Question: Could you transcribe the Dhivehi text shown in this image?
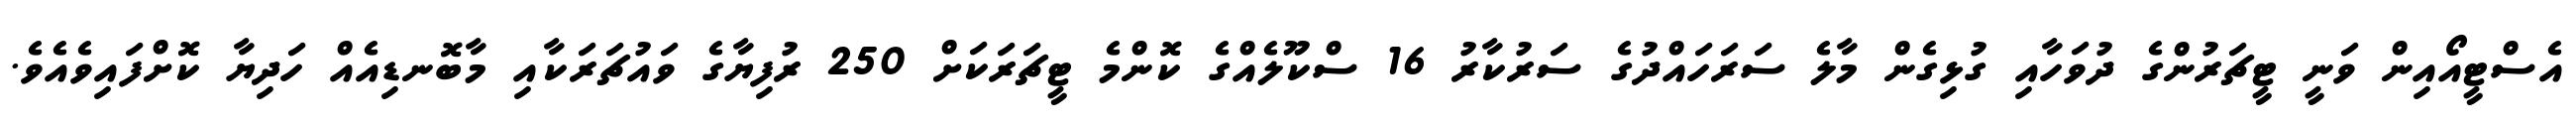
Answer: އެސްޓީއޯއިން ވަނީ ޓީޗަރުންގެ ދުވަހާއި ގުޅިގެން މާލެ ސަރަހައްދުގެ ސަރުކާރު 16 ސްކޫލެއްގެ ކޮންމެ ޓީޗަރަކަށް 250 ރުފިޔާގެ ވައުޗަރަކާއި މާބޮނޑިއެއް ހަދިޔާ ކޮށްފައިވެއެވެ.